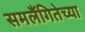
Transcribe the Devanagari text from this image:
समलैंगितेच्या